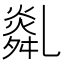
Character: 𦧿